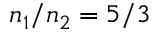
n _ { 1 } / n _ { 2 } = 5 / 3